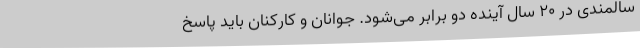
سالمندی در ۲۰ سال آینده دو برابر می‌شود. جوانان و کارکنان باید پاسخ